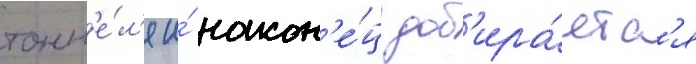
тонн'е́л'я и́ након'е́ц доб'ира́етс'я